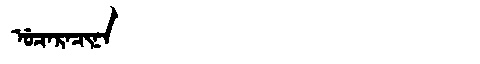
Manchu: ᡠᠴᠠᡵᠠᠴᡳᠨᠠ
Romanization: UCARACINA